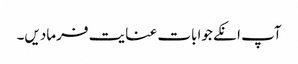
آپ انکے جوابات عنایت فرمادیں۔